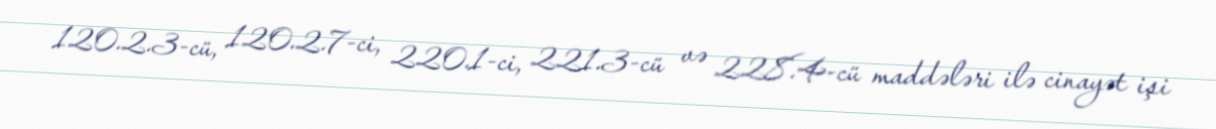
120.2.3-cü, 120.2.7-ci, 220.1-ci, 221.3-cü və 228.4-cü maddələri ilə cinayət işi